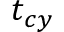
t _ { c y }